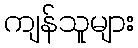
ကျန်သူများ